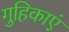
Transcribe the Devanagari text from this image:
गुहिकाएं